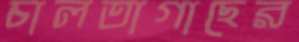
চালতাগাছের